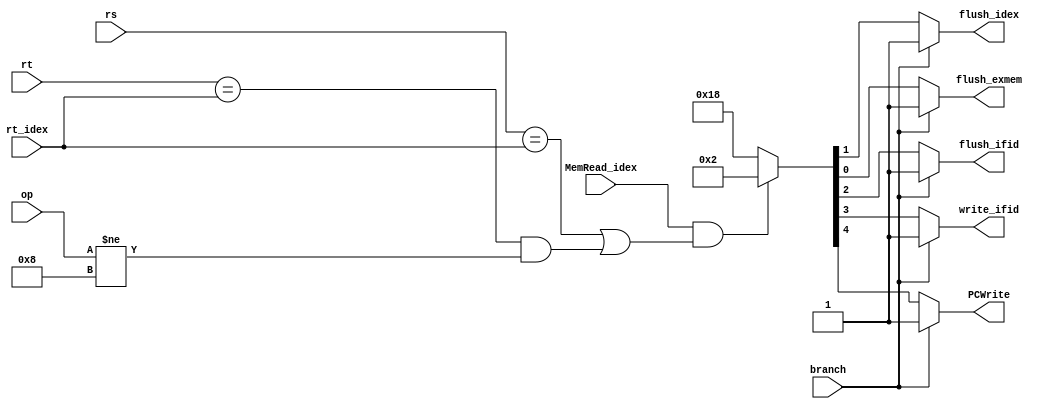
//////////////////////////////////////////////////////////////////////////////////
// student ID: 0516013
// Module Name:    Hazard_Detect_Unit
//////////////////////////////////////////////////////////////////////////////////
module Hazard_Detect_Unit(
    MemRead_idex,
    op,
    rs,
    rt,
    rt_idex,
    branch,
    PCWrite,
    write_ifid,
    flush_ifid,
    flush_idex,
    flush_exmem
    );

input MemRead_idex;
input [5:0] op;
input [4:0] rs,rt,rt_idex;
input branch;

output PCWrite,write_ifid,flush_ifid,flush_idex,flush_exmem;

reg PCWrite,write_ifid,flush_ifid,flush_idex,flush_exmem;

always@(*) begin
    if(branch)
        {PCWrite,write_ifid,flush_ifid,flush_idex,flush_exmem} = 5'b11111;
    else
    begin
        if(MemRead_idex == 1'b1 && (rs == rt_idex || (rt == rt_idex && op != 6'b001000))) // addi: rt is just a value for addition
            {PCWrite,write_ifid,flush_ifid,flush_idex,flush_exmem} = 5'b00010;
        else
            {PCWrite,write_ifid,flush_ifid,flush_idex,flush_exmem} = 5'b11000;
    end
end

endmodule